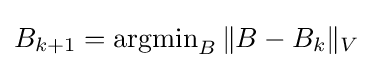
B_{k+1}=\operatorname {argmin} _{B}\|B-B_{k}\|_{V}